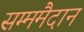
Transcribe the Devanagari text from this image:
सम्ममैदान